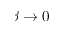
\beta \to 0